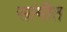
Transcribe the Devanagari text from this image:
सांगीत